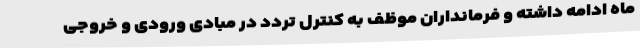
ماه ادامه داشته و فرمانداران موظف به کنترل تردد در مبادی ورودی و خروجی